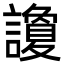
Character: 讂